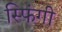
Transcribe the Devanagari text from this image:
स्फिंगी